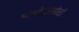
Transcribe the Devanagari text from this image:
माधोदासोतों